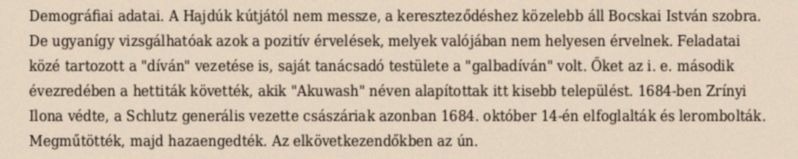
Demográfiai adatai. A Hajdúk kútjától nem messze, a kereszteződéshez közelebb áll Bocskai István szobra. De ugyanígy vizsgálhatóak azok a pozitív érvelések, melyek valójában nem helyesen érvelnek. Feladatai közé tartozott a "díván" vezetése is, saját tanácsadó testülete a "galbadíván" volt. Őket az i. e. második évezredében a hettiták követték, akik "Akuwash" néven alapítottak itt kisebb települést. 1684-ben Zrínyi Ilona védte, a Schlutz generális vezette császáriak azonban 1684. október 14-én elfoglalták és lerombolták. Megműtötték, majd hazaengedték. Az elkövetkezendőkben az ún.